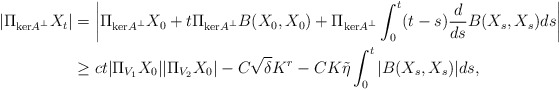
\begin{align*}|\Pi_{\mathrm{ker}A^\perp} X_t| &= \left| \Pi_{\mathrm{ker}A^\perp} X_0 + t \Pi_{\mathrm{ker}A^\perp}B(X_0,X_0)+ \Pi_{\mathrm{ker}A^\perp}\int_0^t (t-s) \frac{d}{ds}B(X_s,X_s)ds\right| \\& \ge c t|\Pi_{V_1}X_0||\Pi_{V_2}X_0| - C\sqrt{\delta} K^{r} - C K \tilde{\eta} \int_0^t |B(X_s,X_s)| ds, \end{align*}